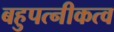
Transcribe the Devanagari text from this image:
बहुपत्नीकत्व